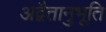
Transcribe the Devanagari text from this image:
अद्वैतानुभूति